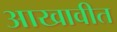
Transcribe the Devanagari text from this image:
आखावीत